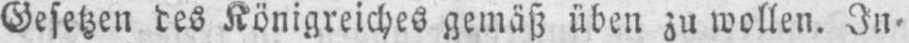
Gesetzen des Königreiches gemäß üben zu wollen. In⸗